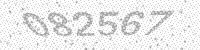
Solution: 082567